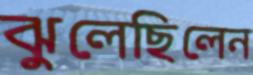
ঝুলেছিলেন